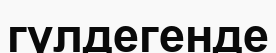
гүлдегенде